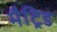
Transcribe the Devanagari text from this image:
मैट्रिड